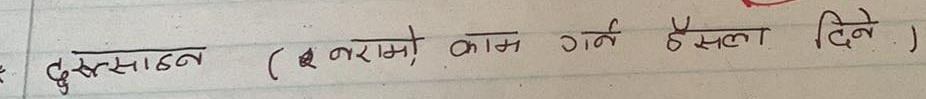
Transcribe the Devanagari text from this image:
दुस्साहन ( २ नरासो काम गर्न हैस्ला दिने )